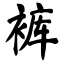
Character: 裤